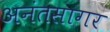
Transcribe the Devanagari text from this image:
अनंतसागर